Vaccination in Burma 1920-1933 - 1920-1933
Year: 1920
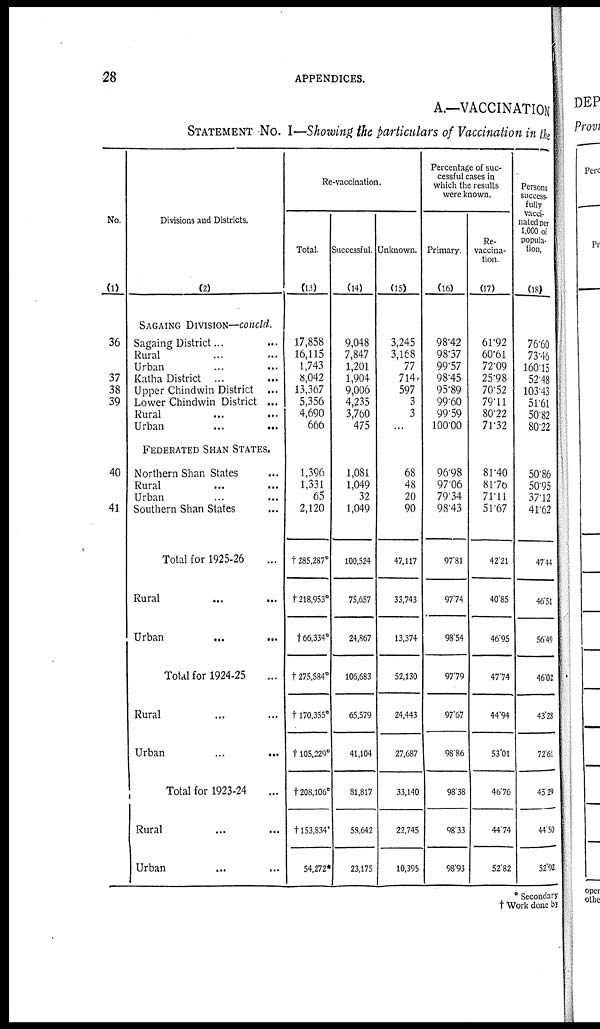
28
APPENDICES.
A.—VACCINATION
STATEMENT No. I—Showing the particulars of Vaccination in the
No.
(1)
36
37
38
39
40
41
Divisions and Districts.
(2)
SAGAING DIVISION—concld.
Sagaing District...
Rural... ...
Urban... ...
Katha District ... ...
Upper Chindwin District ...
Lower Chindwin District ...
Rural...
Urban
...
...
FEDERATED SHAN STATES.
Northern Shan States... ...
Rural... ...
Urban... ...
Southern Shan States... ...
Total for 1925-26... ...
Rural... ...
Urban
...
...
Total for 1924-25 ... ...
Rural... ...
Urban...
...
Total for 1923-24... ...
Rural... ...
Urban... ...
Re-vaccination.
Total.
(13)
17,858
16,115
1,743
8,042
13,367
5,356
4,690
666
1,396
1,331
65
2,120
†285,287*
†218,953*
†66,334*
†275,584*
†170,355*
†105,229*
†208,106*
†153,834*
54,272*
Successful.
(14)
9,048
7,847
1,201
1,904
9,006
4,235
3,760
475
1,081
1,049
32
1,049
100,524
75,657
24,867
106,683
65,579
41,104
81,817
58,642
23,175
Unknown.
(15)
3,245
3,168
77
714
597
3
3
...
68
48
20
90
47,117
33,743
13,374
52,130
24,443
27,687
33,140
22,745
10,395
Percentage of suc-
cessful cases in
which the results
were known.
Primary.
(16)
98.42
98.37
99.57
98.45
95.89
99.60
99.59
100.00
96.98
97.06
79.34
98.43
97.81
97.74
98.54
97.79
97.67
98.86
98.38
98.33
98.93
Re-
vaccina-
tion.
(17)
61.92
60.61
72.09
25.98
70.52
79.11
80.22
71.32
81.40
81.70
71.11
51.67
42.21
40.85
46.95
47.74
44.94
53.01
46.76
44.74
52.82
Persons
success-
fully
vacci-
nated per
1,000 of
popula-
tion.
(18)
76.60
73.46
160.15
52.48
103.43
51.61
50.82
80.22
50.86
50.95
37.12
41.62
47.44
46.51
56.49
46.02
43.28
72.61
45.29
44.50
52.92
* Secondary
† Work done by